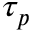
\tau _ { p }